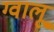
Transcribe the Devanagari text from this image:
ग्वालू